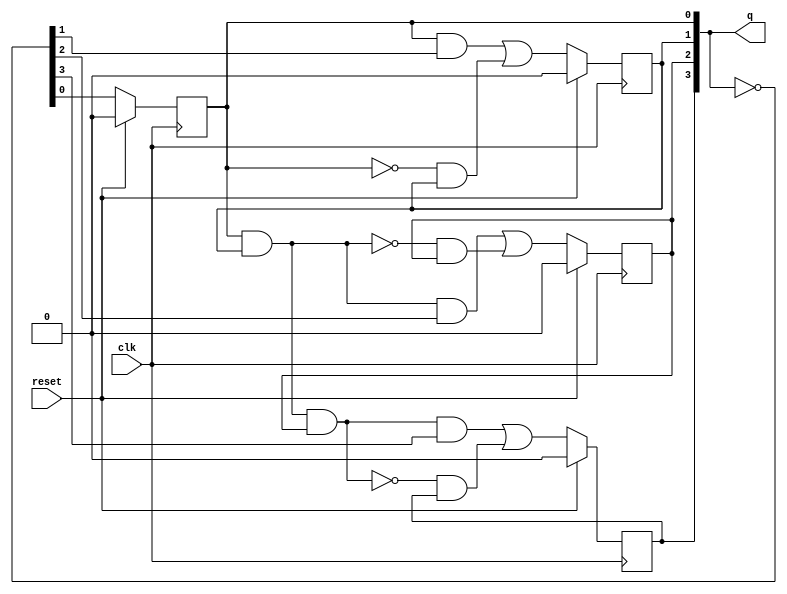
module top_module (
    input clk,
    input reset,      // Synchronous active-high reset
    output [3:0] q);
    
    wire j, k;
    assign j = 1'b1;
    assign k = 1'b1;
    reg [3:0] Q_n;
    assign Q_n = ~q;
    always @(posedge clk)
        begin
            if(reset)
                q[0] <= 1'b0;
            else
                q[0] <= j&Q_n[0] | (~k)&q[0];
        end
    
    always @(posedge clk)
        begin
            if(reset)
                q[1] <= 1'b0;
            else
                q[1] <= q[0]&Q_n[1] | (~q[0])&q[1];
        end
    
    always @(posedge clk)
        begin
            if(reset)
                q[2] <= 1'b0;
            else
                q[2] <= (q[0] & q[1]) & Q_n[2] | (~(q[0] & q[1]))&q[2];
        end
    
    always @(posedge clk)
        begin
            if(reset)
                q[3] <= 1'b0;
            else
                q[3] <= (q[0] & q[1] & q[2]) & Q_n[3] | (~(q[0] & q[1] & q[2]))&q[3];
        end
endmodule